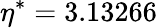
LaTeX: \eta^{\ast}=3.13266